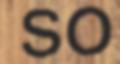
SO